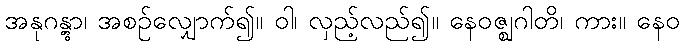
အနုဂန္တွာ၊ အစဉ်လျှောက်၍။ ဝါ၊ လှည့်လည်၍။ နေဝဇ္ဈဂါတိ၊ ကား။ နေဝ